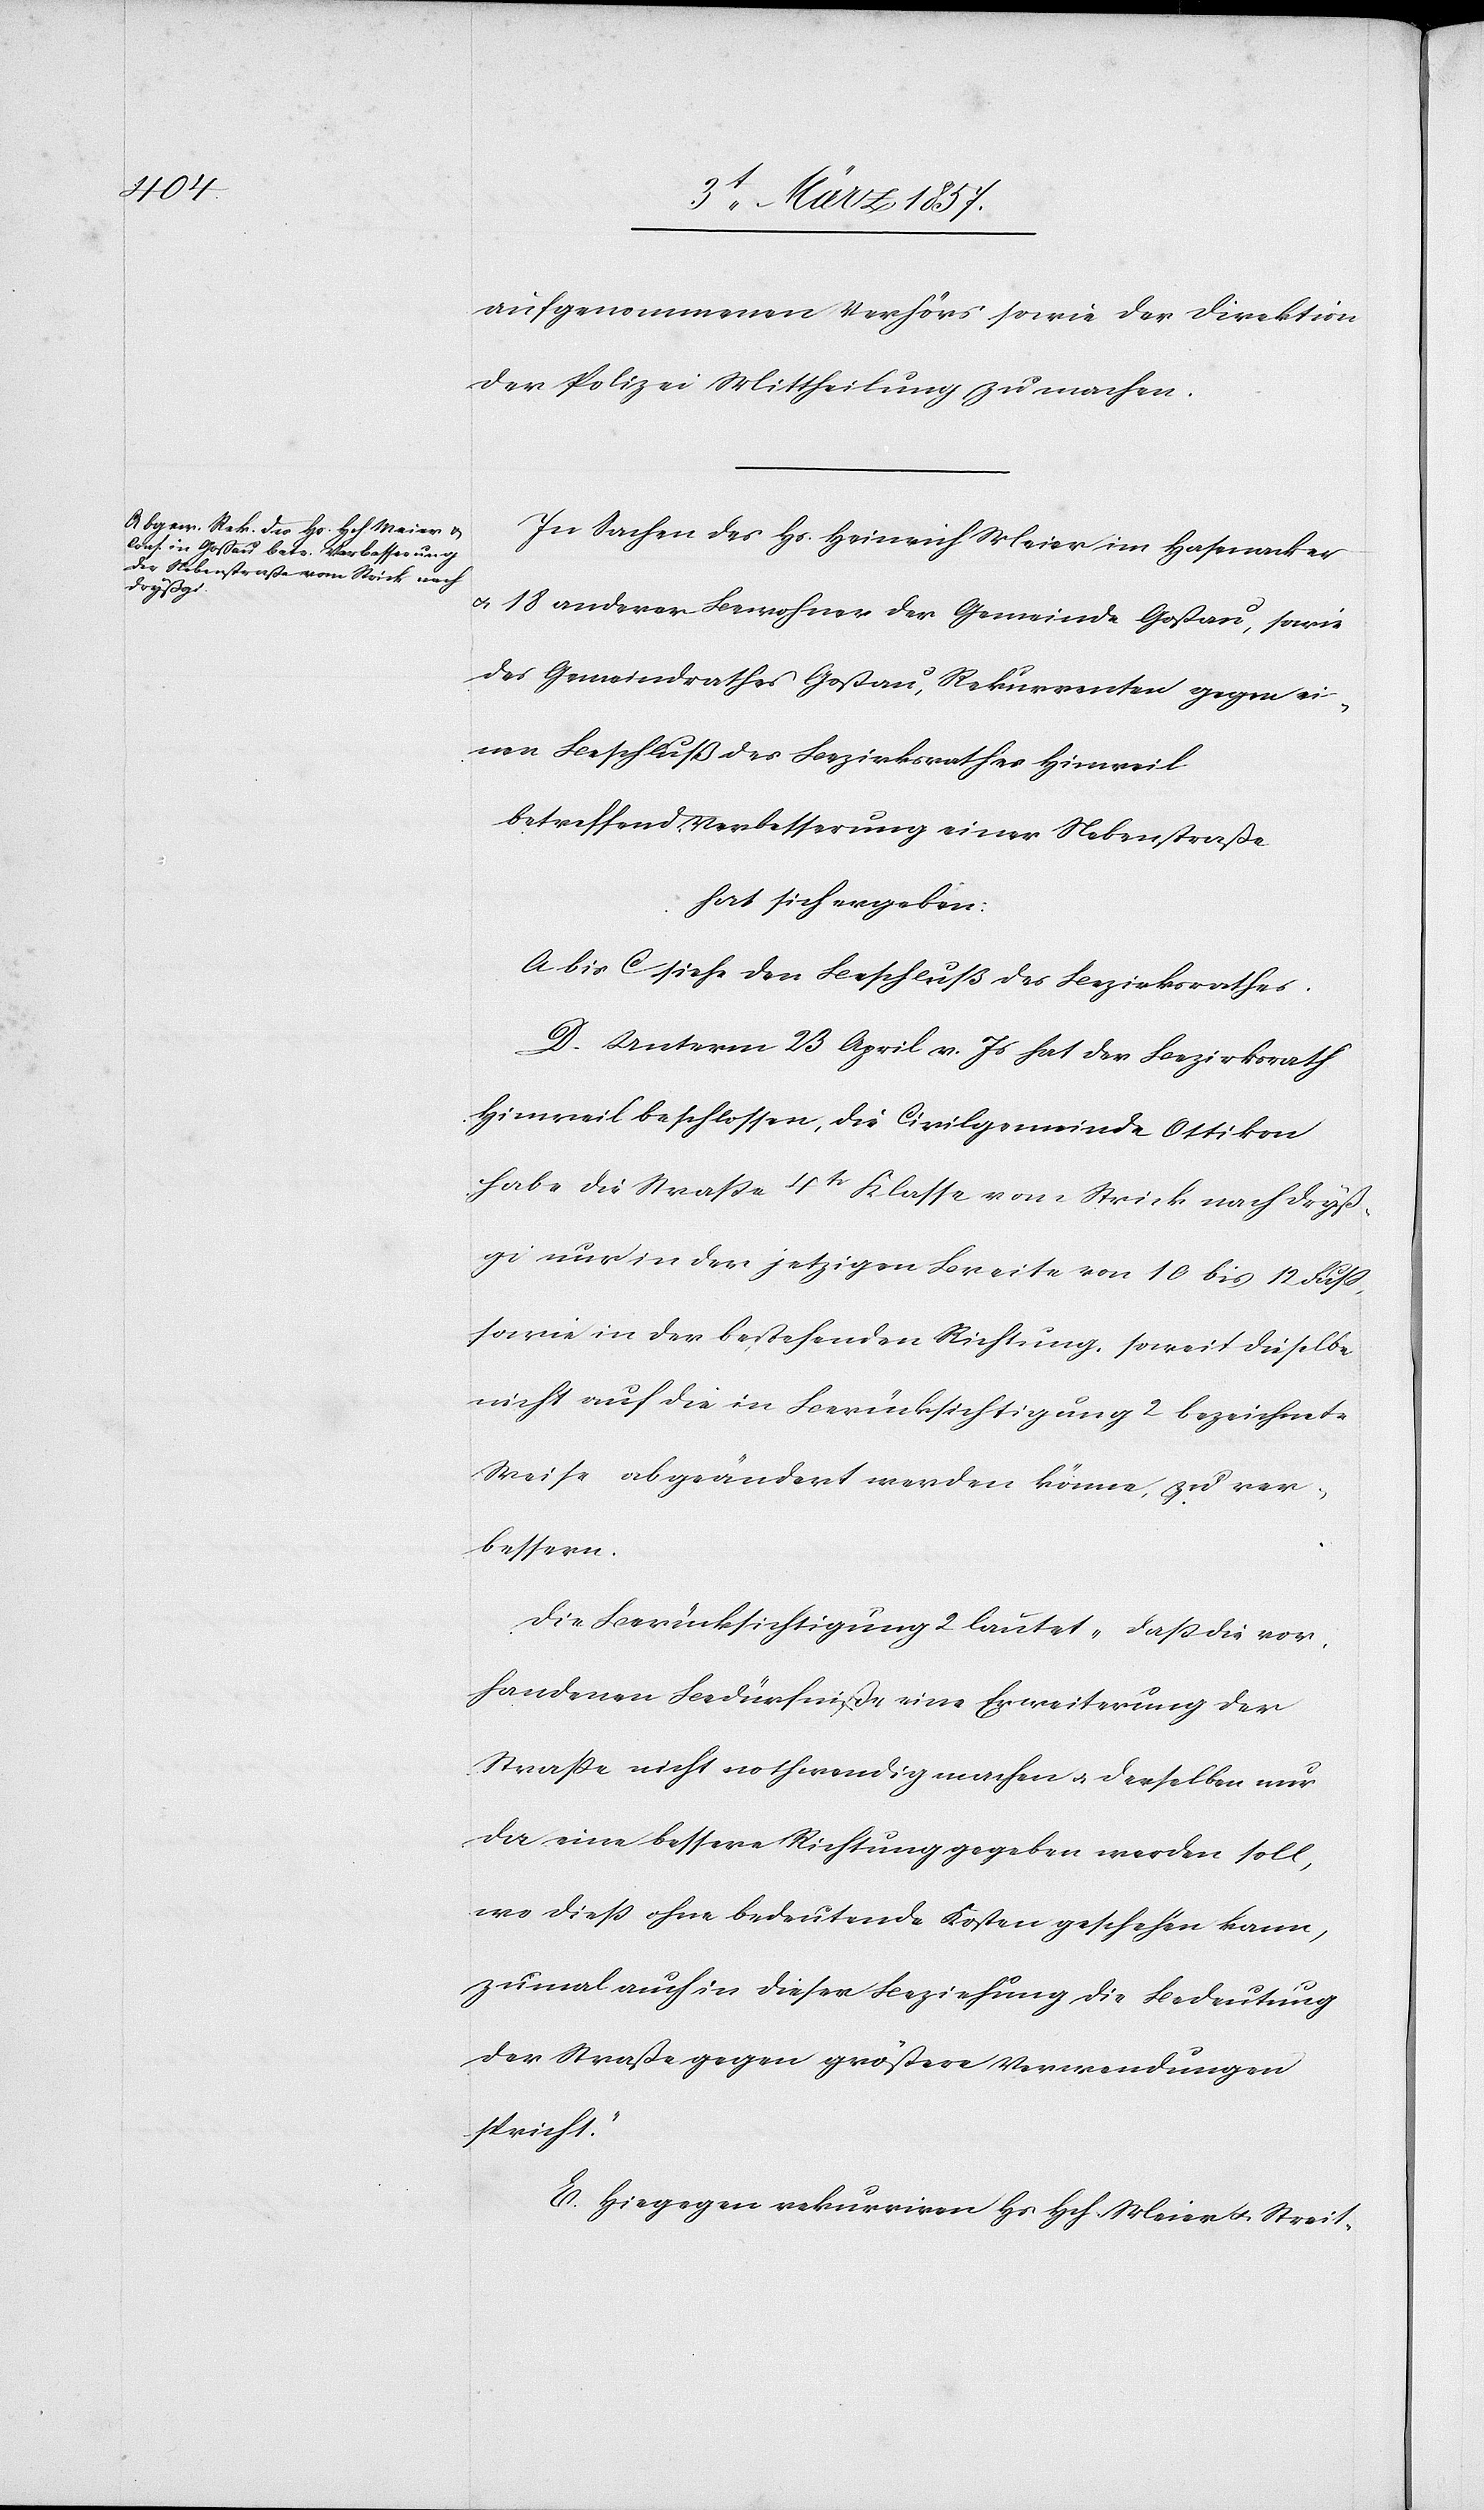
aufgenommenen Verhörs sowie der Direktion
der Polizei Mittheilung zu machen.
In Sachen des Hs. Heinrich Meier im Hasenacker
u. 18 anderer Bewohner der Gemeinde Goßau, sowie
des Gemeindrathes Goßau, Rekurrenten gegen ei¬
nen Beschluß des Bezirksrathes Hinweil
betreffend Verbesserung einer Nebenstraße
hat sich ergeben:
A bis C siehe den Beschluß des Bezirksrathes.
D. Unterm 23 April v. Js hat der Bezirksrath
Hinweil beschlossen, die Civilgemeinde Ottikon
habe die Straße 4tr Klasse vom Strick nach Dryß¬
gi nur in der jetzigen Breite von 10 bis 12 Fuß,
sowie in der bestehenden Richtung, soweit dieselbe
nicht auf die in Berücksichtigung 2 bezeichnete
Weise abgeändert werden könne, zu ver¬
bessern.
Die Berücksichtigung 2 lautet „daß die vor¬
handenen Bedürfniße eine Erweiterung der
Straße nicht nothwendig machen u. derselben nur
da eine bessere Richtung gegeben werden soll,
wo dieß ohne bedeutende Kosten geschehen kann,
zumal auch in dieser Beziehung die Bedeutung
der Straße gegen größere Verwendungen
spricht.“
E. Hiegegen rekurriren Hs Hch Meier u. Streit-